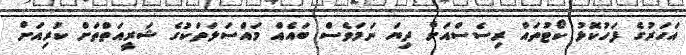
އަހަރުގެ ފަހުކޮޅު ކޯޓުތައް ރިސެސްއަށް ދިޔަ ނަމަވެސް ބައެއް މައްސަލަތަކުގެ ޝަރީއަތްތަށް ކުރިއަށް